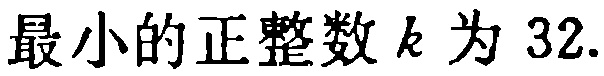
最小的正整数 \(k\) 为 \(32.\)